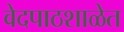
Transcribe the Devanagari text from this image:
वेदपाठशाळेत